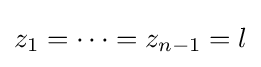
z_{1}=\cdots =z_{n-1}=l